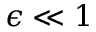
\epsilon \ll 1